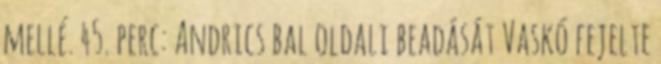
mellé. 45. perc: Andrics bal oldali beadását Vaskó fejelte